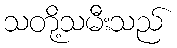
သတို့သမီးသည်